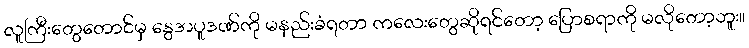
လူကြီးတွေတောင်မှ နွေအပူဒဏ်ကို မနည်းခံရတာ ကလေးတွေဆိုရင်တော့ ပြောစရာကို မလိုတော့ဘူး။